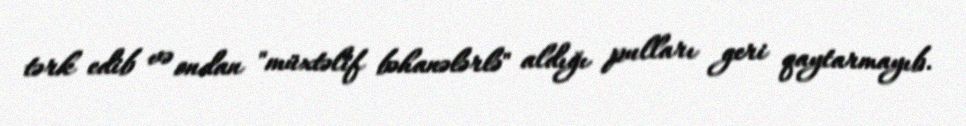
tərk edib və ondan "müxtəlif bəhanələrlə" aldığı pulları geri qaytarmayıb.